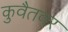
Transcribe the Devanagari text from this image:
कुवैतवर